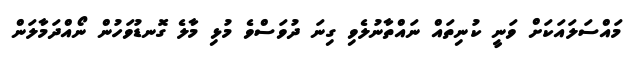
މައްސަލައަކަށް ވަނީ ކުނިތައް ނައްތާނުލެވި ގިނަ ދުވަސްވެ މުޅި މާލެ ގޮނޑުވަހުން ނޯއްދަމާލަން